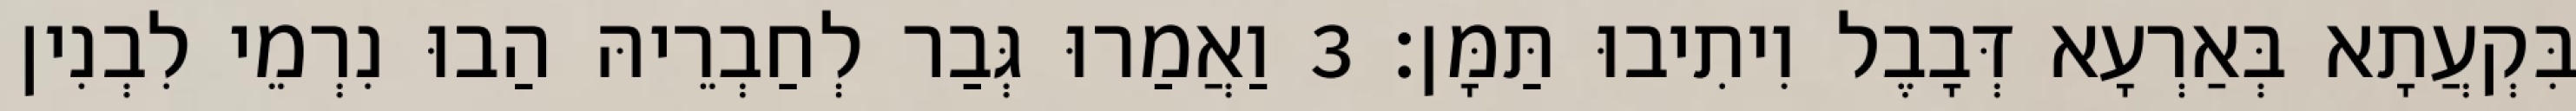
בִּקְעֲתָא בְּאַרְעָא דְּבָבֶל וִיתִיבוּ תַּמָּן׃ 3 וַאֲמַרוּ גְּבַר לְחַבְרֵיהּ הַבוּ נִרְמֵי לִבְנִין